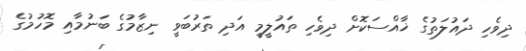
ދިވެހި ދައުލަތުގެ ޚާއްސަކޮށް ދިވެހި ތައުލީމީ އަދި ތަރުބަވީ ނިޒާމުގެ ބަނުމާއި މޮހުމުގެ